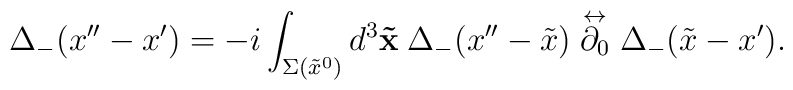
\Delta_-(x''-x') = -i\int_{\Sigma(\tilde{x}^0)}d^3 {\bf \tilde{x}} \hspace{0.25em} \Delta_-(x''-\tilde{x})\stackrel{\leftrightarrow}{\partial_0}\Delta_-(\tilde{x} - x').